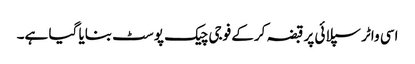
اسی واٹر سپلائی پر قبضہ کرکے فوجی چیک پوسٹ بنایا گیا ہے۔